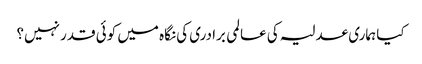
کیا ہماری عدلیہ کی عالمی برادری کی نگاہ میں کوئی قدر نہیں؟